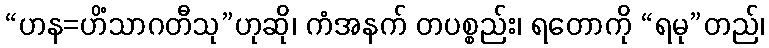
“ဟန=ဟိံသာဂတီသု”ဟုဆို၊ ကံအနက် တပစ္စည်း၊ ရတောကို “ရမု”တည်၊